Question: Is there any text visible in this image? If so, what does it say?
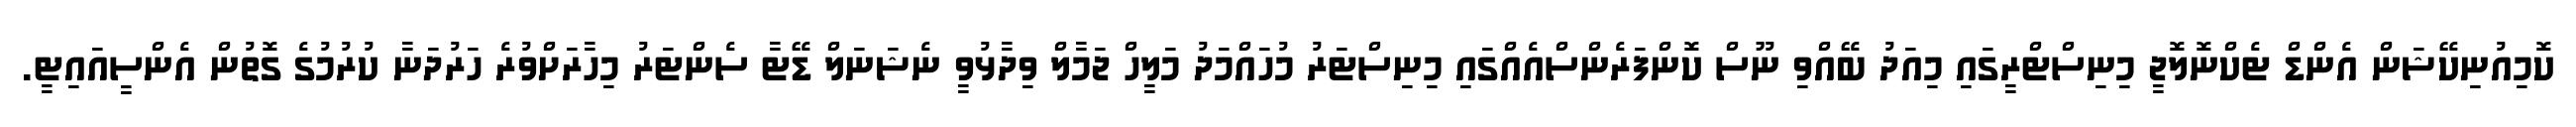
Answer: ކޮމިއުނިކޭޝަން އެންޑް ޓެކްނޮލޮޖީ މިނިސްޓްރީގައި މިއަދު ބޭއްވި ނޫސް ކޮންފަރެންސްއެއްގައި މިނިސްޓަރު މުހައްމަދު މަލީހް ޖަމާލް ވިދާޅުވީ ނެޝަނަލް ޑޭޓާ ސެންޓަރު މިހާރަށްވުރެ ހަރުދަނާ ކުރުމުގެ ގޮތުން އެންސީއައިޓީ.